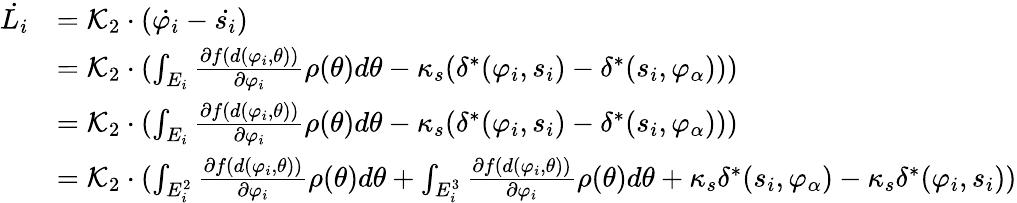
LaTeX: \begin{array}{rl}{\dot{L_{i}}}&{=\mathcal{K}_{2}\cdot(\dot{\varphi_{i}}-\dot{s_{i}})}\\ &{=\mathcal{K}_{2}\cdot(\int_{E_{i}}{\frac{\partial f(d(\varphi_{i},\theta))}{\partial\varphi_{i}}\rho(\theta)d\theta}-\kappa_{s}(\delta^{*}(\varphi_{i},s_{i})-\delta^{*}(s_{i},\varphi_{\alpha})))}\\ &{=\mathcal{K}_{2}\cdot(\int_{E_{i}}{\frac{\partial f(d(\varphi_{i},\theta))}{\partial\varphi_{i}}\rho(\theta)d\theta}-\kappa_{s}(\delta^{*}(\varphi_{i},s_{i})-\delta^{*}(s_{i},\varphi_{\alpha})))}\\ &{=\mathcal{K}_{2}\cdot(\int_{E_{i}^{2}}{\frac{\partial f(d(\varphi_{i},\theta))}{\partial\varphi_{i}}\rho(\theta)d\theta}+\int_{E_{i}^{3}}{\frac{\partial f(d(\varphi_{i},\theta))}{\partial\varphi_{i}}\rho(\theta)d\theta}+\kappa_{s}\delta^{*}(s_{i},\varphi_{\alpha})-\kappa_{s}\delta^{*}(\varphi_{i},s_{i}))}\end{array}